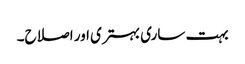
بہت ساری بہتری اور اصلاح۔